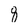
Character: 8